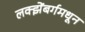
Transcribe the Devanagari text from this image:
लक्झेंबर्गमधून